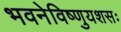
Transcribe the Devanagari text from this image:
भवनेविष्णुयशसः